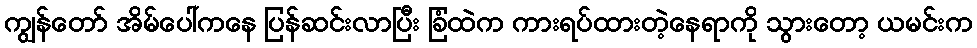
ကျွန်တော် အိမ်ပေါ်ကနေ ပြန်ဆင်းလာပြီး ခြံထဲက ကားရပ်ထားတဲ့နေရာကို သွားတော့ ယမင်းက